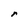
Character: r